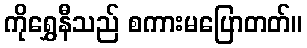
ကိုရွှေနီသည် စကားမပြောတတ်။